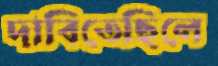
দাবিতেছিলে